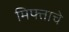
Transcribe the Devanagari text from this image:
मिफ्ताचे